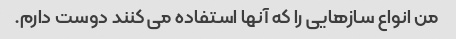
من انواع سازهایی را که آنها استفاده می کنند دوست دارم.